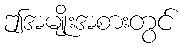
ဤအမျိုးအစားတွင်